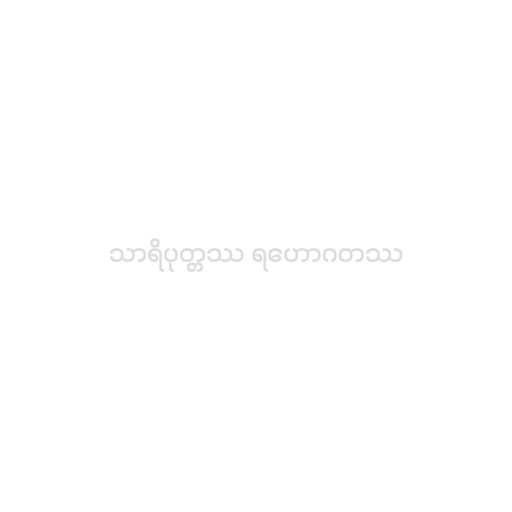
သာရိပုတ္တဿ ရဟောဂတဿ